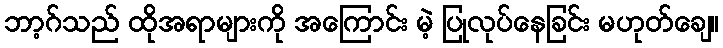
ဘာ့ဂ်သည် ထိုအရာများကို အကြောင်း မဲ့ ပြုလုပ်နေခြင်း မဟုတ်ချေ။